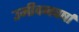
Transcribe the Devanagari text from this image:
उमीवनवर्षा